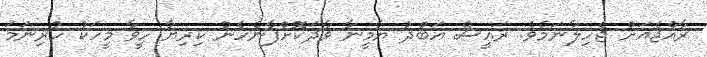
ރާއްޖެއަށް ޖެހިލާނަމެވެ. ރައީސް އަބްދު ޔާމީނާ ވާދަކޮށްފާނެހެން ކިރިޔާ ހީވާ މީހަކު ހުރިނަމަ